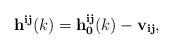
LaTeX: \begin{align*}{\bf h^{ij}}(k)={\bf h_0^{ij}}(k) - {\bf v_{ij}}, \end{align*}